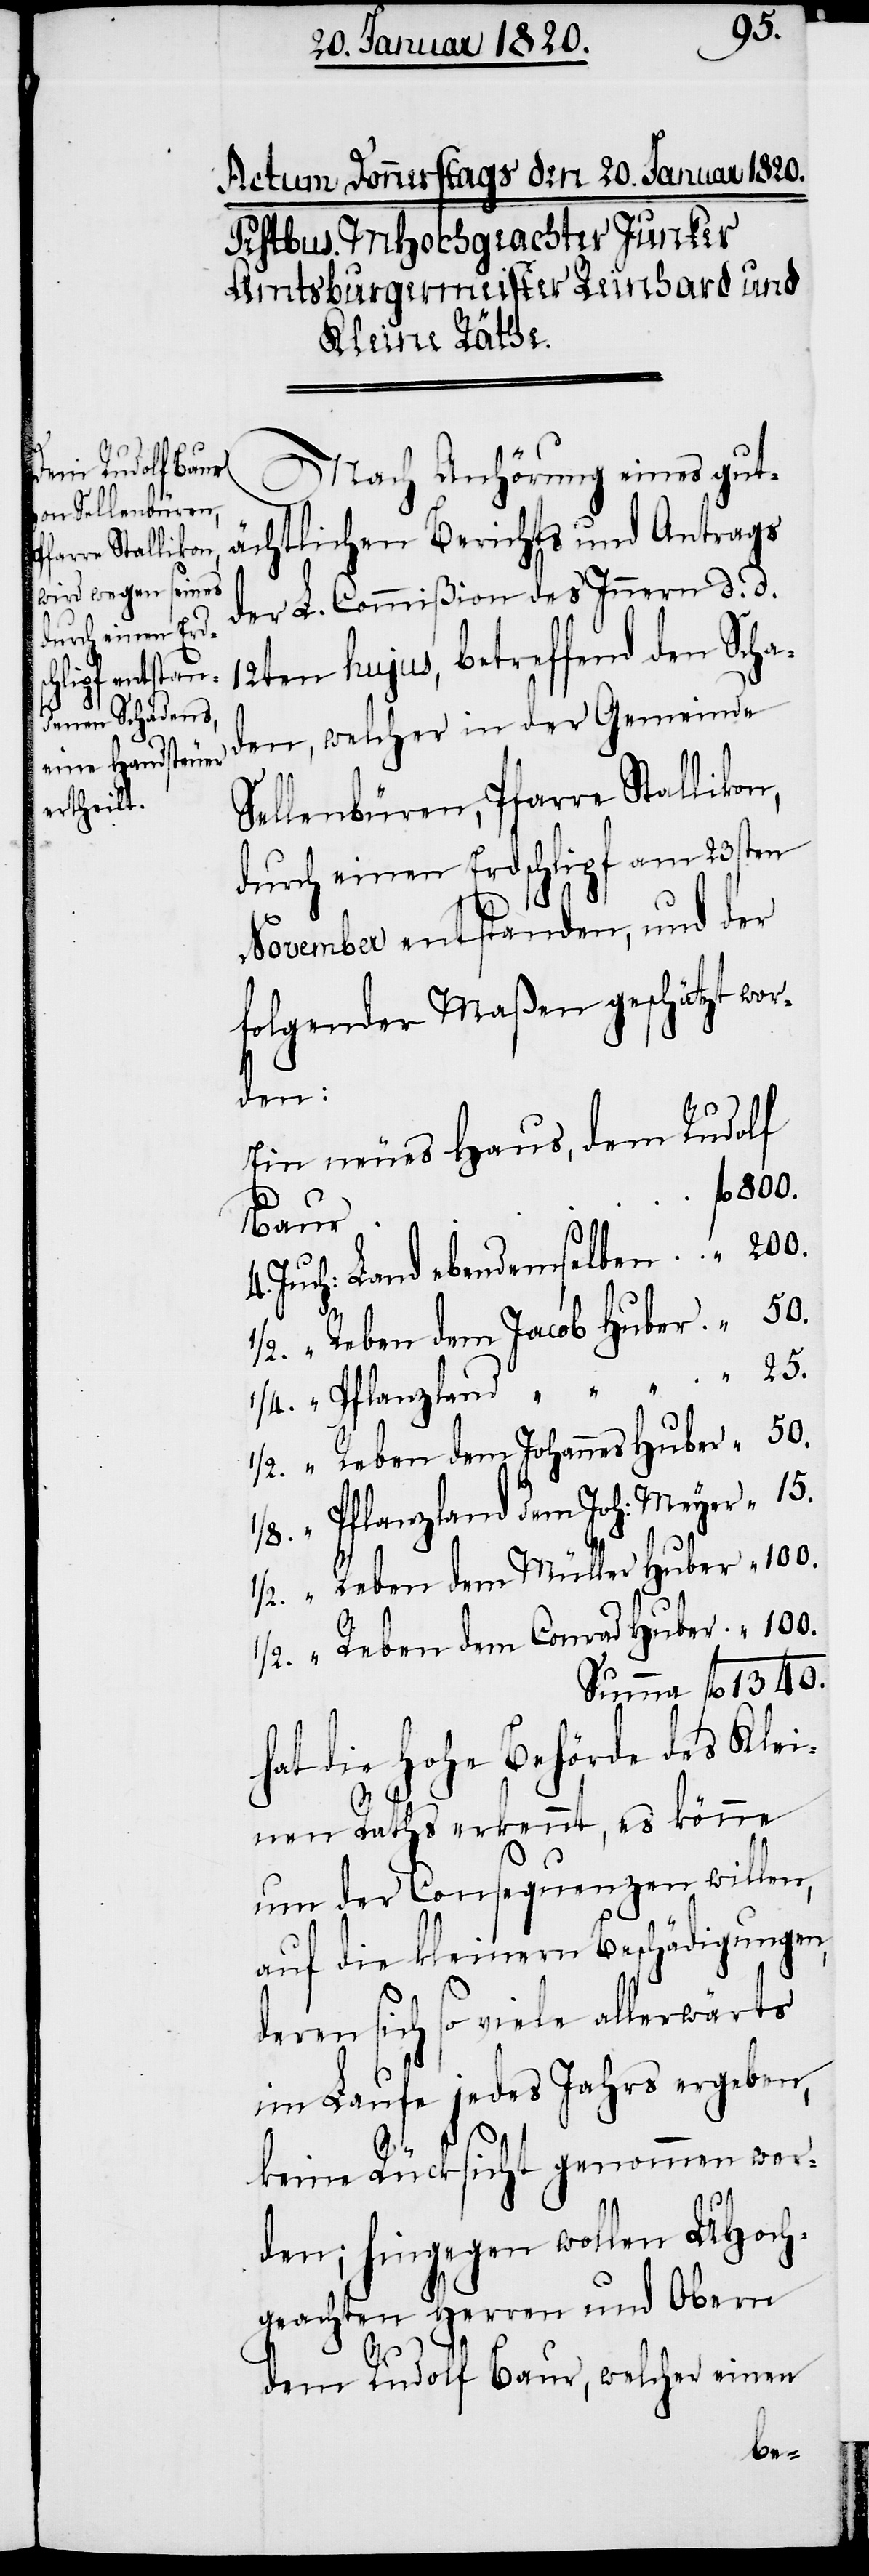
dem Conrad Huber

Nach Anhörung eines gut¬
ächtlichen Berichts und Antrags
der L. Commißion des Innern d. d.
12ten hujus, betreffend den Scha¬
den, welcher in der Gemeinde
Sellenbüren, Pfarre Stallikon,
durch einen Erdschlipf am 23sten
November entstanden, und der
folgender Maßen geschätzt wor¬
den:
Ein neues Haus, dem Rudolf
fl 1340.
Land
Reben dem Jacob Huber
Reben dem Johannes Huber
Pflanzland dem Joh: Meyer
hat die Hohe Behörde des Klei¬
100.
nen Raths erkennt, es könne
um der Consequenzen willen,
auf die kleinern Beschädigungen,
deren sich so viele allerwärts
im Laufe jedes Jahrs ergeben,
„
½.
keine Rücksicht genommen wer¬
den; hingegen wollen UHoch¬
geachten Herren und Obern
dem Rudolf Baur, welcher einen